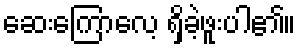
ဆေးကြောလေ့ ရှိခဲ့ဖူးပါ၏။